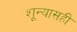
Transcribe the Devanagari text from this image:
शून्यासही